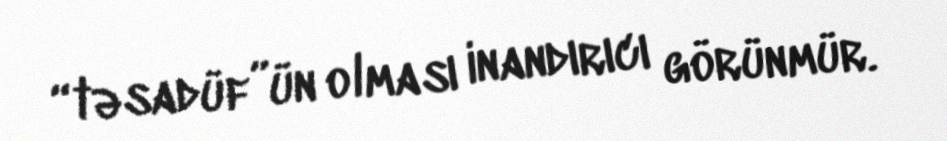
“təsadüf”ün olması inandırıcı görünmür.